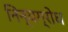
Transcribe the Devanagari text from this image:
निन्यग्रोध